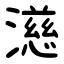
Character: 濨